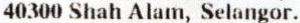
40300 SHAH ALAM, SELANGOR.